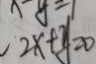
, 2 x + y = 0